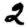
Digit: 2